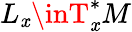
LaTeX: L_{\mathit{x}}\inT_{\mathit{x}}^{*}M